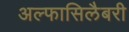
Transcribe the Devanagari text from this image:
अल्फासिलैबरी